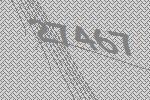
27467